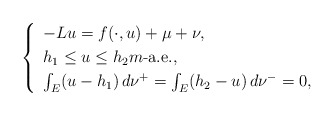
\begin{align*} \left\{\begin{array}{l}-Lu= f(\cdot,u)+\mu+\nu, \smallskip \\h_{1}\le u\le h_{2} m\mbox{-a.e.}, \smallskip \\\int_E(u-h_{1})\,d\nu^{+}=\int_E(h_{2}-u)\,d\nu^{-}=0,\end{array}\right.\end{align*}